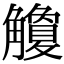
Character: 觼